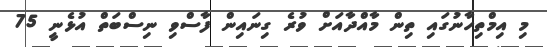
މި އިމްތިހާނުގައި ތިން މާއްދާއަށް ވުރެ ގިނައިން ފާސްވި ނިސްބަތް އުޅެނީ 75